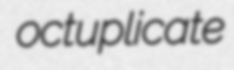
octuplicate